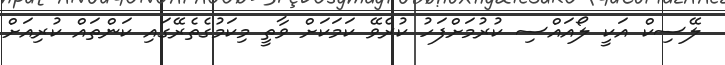
ލޭސިކް އަކީ ލޯއައްސި ކުރުމަށްފަހު ކުރެވޭ ކަމަކަށް ވާތީ މިކަމުގެތެރޭގައި ކަންތަައް ކުރިއަށް